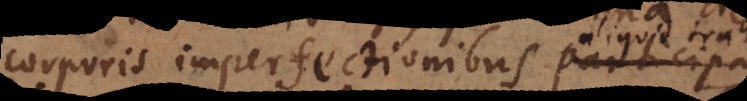
corporis imperfectionibus aliquid